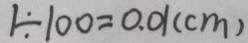
1 \div 1 0 0 = 0 . 0 1 ( c m )